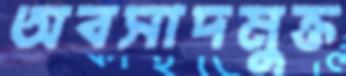
অবসাদমুক্ত